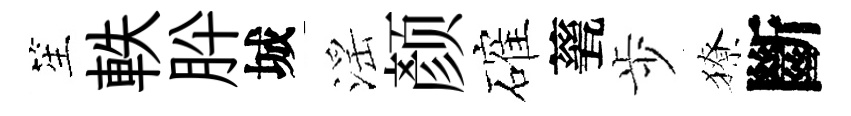
笙軼肸城滛颜確甆歩獠斷